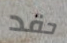
حقد